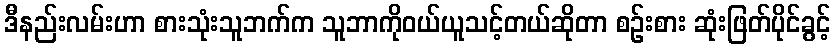
ဒီနည်းလမ်းဟာ စားသုံးသူဘက်က သူဘာကိုဝယ်ယူသင့်တယ်ဆိုတာ စဉ်းစား ဆုံးဖြတ်ပိုင်ခွင့်